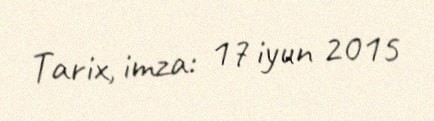
Tarix, imza: 17 iyun 2015